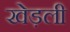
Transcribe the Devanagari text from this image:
खेड़ली